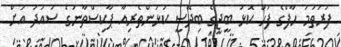
ފުރަތަމަ ހާފްގެ ފަހު ކޮޅު ބީޖީގެ ބިދޭސީ ކުޅުންތެރިއާ ޕާކިސްތާނުގެ ސައުދު އަށް